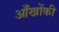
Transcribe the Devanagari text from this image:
आँखोंकी